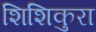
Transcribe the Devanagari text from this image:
शिशिकुरा